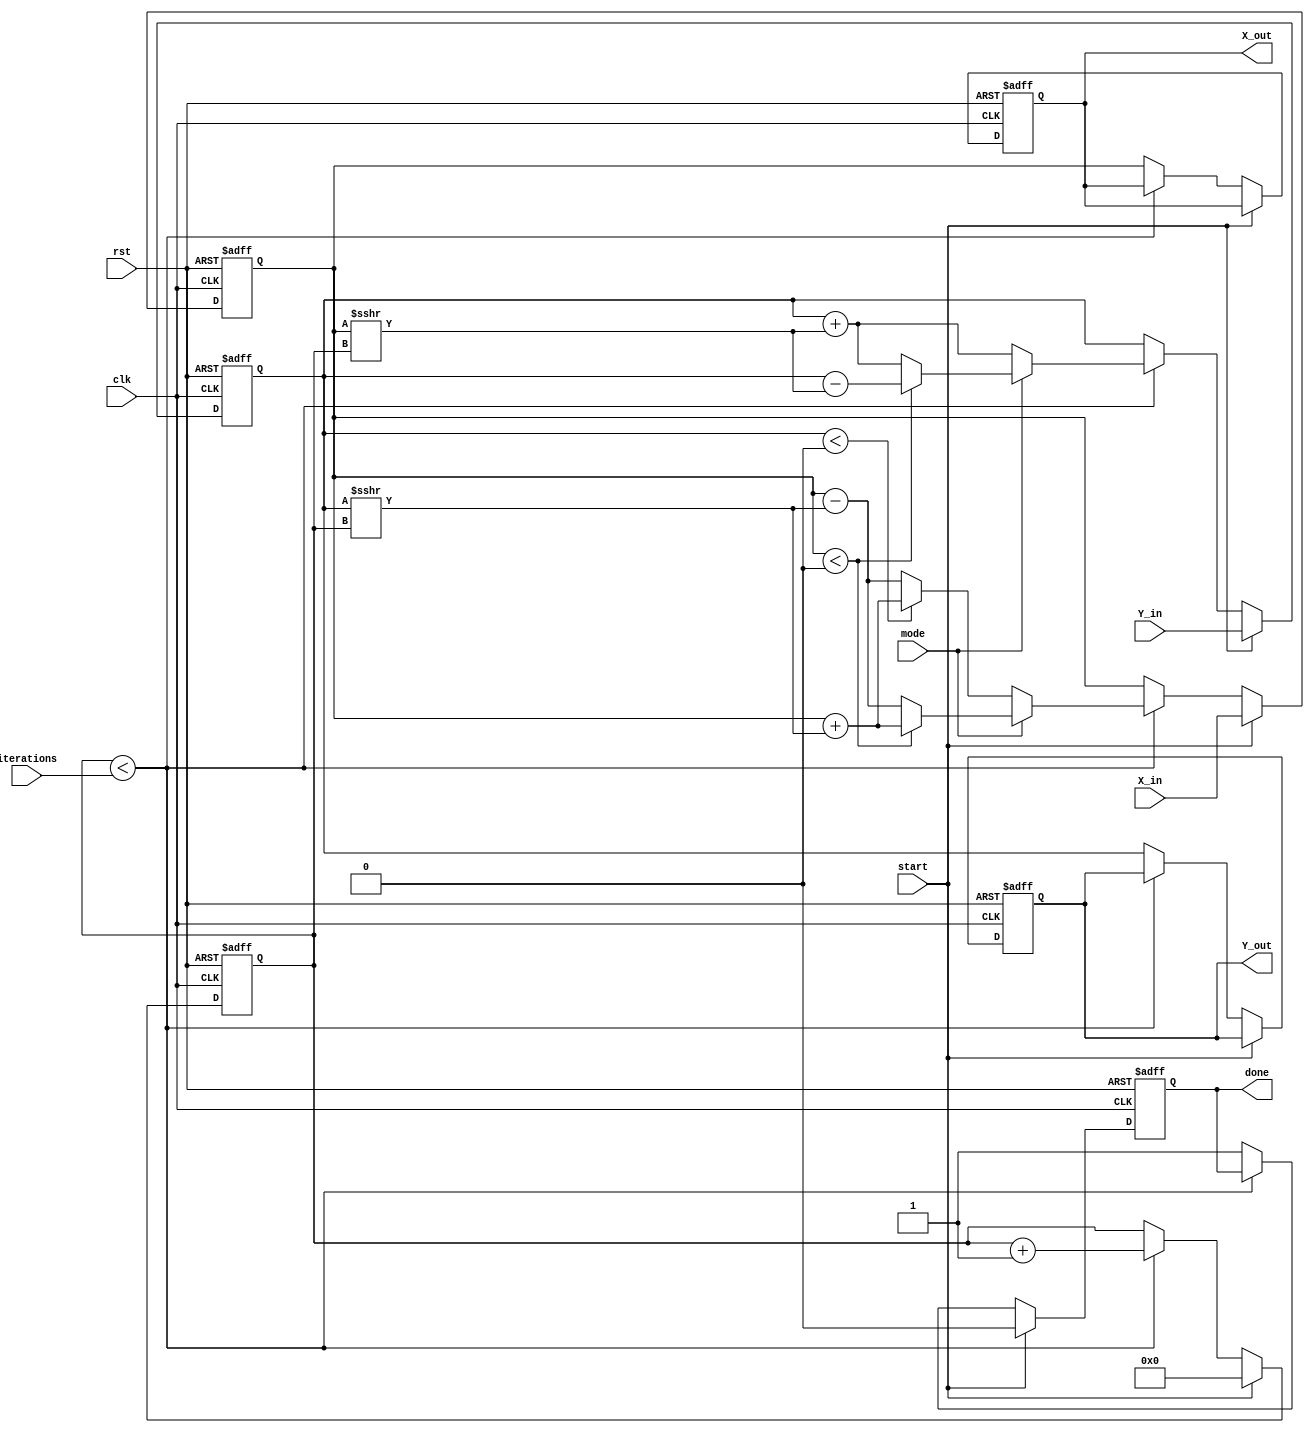
module complex_cordic (
    input wire clk,
    input wire rst,
    input wire start,
    input wire mode, // 0 for rotation, 1 for vectoring
    input wire [15:0] X_in, // Real part input
    input wire [15:0] Y_in, // Imaginary part input
    input wire [3:0] iterations, // Number of iterations
    output reg [15:0] X_out, // Real part output
    output reg [15:0] Y_out, // Imaginary part output
    output reg done // Operation done signal
);

    // Internal registers
    reg [15:0] X, Y;
    reg [15:0] angle; // Angle accumulator
    reg [3:0] count; // Iteration counter
    reg [15:0] angle_table [0:15]; // Lookup table for arctangent values

    // Initialize angle lookup table
    initial begin
        angle_table[0] = 16'h0000; // atan(2^0)
        angle_table[1] = 16'h3C90; // atan(2^-1)
        angle_table[2] = 16'h3A0C; // atan(2^-2)
        angle_table[3] = 16'h3840; // atan(2^-3)
        angle_table[4] = 16'h30E4; // atan(2^-4)
        angle_table[5] = 16'h1C71; // atan(2^-5)
        angle_table[6] = 16'h0F12; // atan(2^-6)
        angle_table[7] = 16'h07A1; // atan(2^-7)
        angle_table[8] = 16'h03D1; // atan(2^-8)
        angle_table[9] = 16'h01F8; // atan(2^-9)
        angle_table[10] = 16'h00FC; // atan(2^-10)
        angle_table[11] = 16'h007E; // atan(2^-11)
        angle_table[12] = 16'h003F; // atan(2^-12)
        angle_table[13] = 16'h001F; // atan(2^-13)
        angle_table[14] = 16'h000F; // atan(2^-14)
        angle_table[15] = 16'h0007; // atan(2^-15)
    end

    // CORDIC operation
    always @(posedge clk or posedge rst) begin
        if (rst) begin
            X <= 0;
            Y <= 0;
            angle <= 0;
            count <= 0;
            done <= 0;
            X_out <= 0;
            Y_out <= 0;
        end else if (start) begin
            // Initialize inputs
            X <= X_in;
            Y <= Y_in;
            angle <= 0;
            count <= 0;
            done <= 0;
        end else if (count < iterations) begin
            // CORDIC iteration logic
            if (mode == 0) begin // Rotation mode
                if (Y < 0) begin
                    X <= X + (Y >>> count);
                    Y <= Y + (X >>> count);
                    angle <= angle - angle_table[count];
                end else begin
                    X <= X - (Y >>> count);
                    Y <= Y + (X >>> count);
                    angle <= angle + angle_table[count];
                end
            end else begin // Vectoring mode
                if (X < 0) begin
                    X <= X + (Y >>> count);
                    Y <= Y - (X >>> count);
                    angle <= angle - angle_table[count];
                end else begin
                    X <= X - (Y >>> count);
                    Y <= Y + (X >>> count);
                    angle <= angle + angle_table[count];
                end
            end
            count <= count + 1;
        end else begin
            // Final output
            X_out <= X;
            Y_out <= Y;
            done <= 1;
        end
    end
endmodule